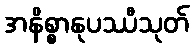
အနိစ္စာနုပဿီသုတ်